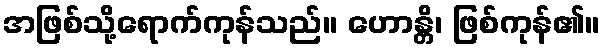
အဖြစ်သို့ရောက်ကုန်သည်။ ဟောန္တိ၊ ဖြစ်ကုန်၏။